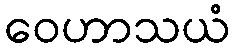
ဝေဟာသယံ